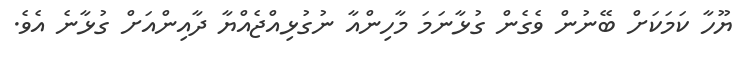
ޔޫހާ ކަމަކަށް ބޭނުން ވެގެން ގުޅާނަމަ މާހިންއާ ނުގުޅިއްޖެއްޔާ ދާއިންއަށް ގުޅާނެ އެވެ.